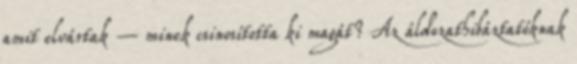
amit elvártak – minek csinosította ki magát? Az áldozathibáztatóknak